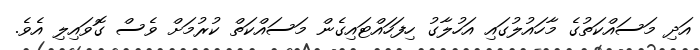
އަދި މަސައްކަތުގެ މާހައުލުގައި އަހުލާގު ހިފަހައްޓައިގެން މަސައްކަތް ކުރުމަށް ވެސް ގޮވައިލި އެވެ.